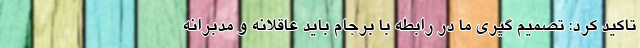
تاکید کرد: تصمیم گیری ما در رابطه با برجام باید عاقلانه و مدبرانه